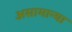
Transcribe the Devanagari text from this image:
असामान्या